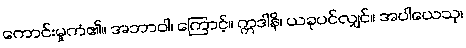
ကောင်းမှုကံ၏။ အဘာဝါ၊ ကြောင့်။ ဣဒါနိ၊ ယခုပင်လျှင်။ အပါယေသု၊